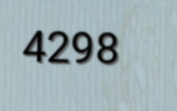
4298